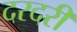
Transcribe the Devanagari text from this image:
दरदरी